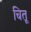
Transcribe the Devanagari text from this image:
चितू